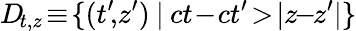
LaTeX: D\! _{t,z}\! \equiv\! \{ (t^{\prime}\! ,\! z^{\prime})\: |\: ct\! -\! ct^{\prime}\! >\! |z\! \! -\! \! z^{\prime}|\}